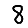
Digit: 8